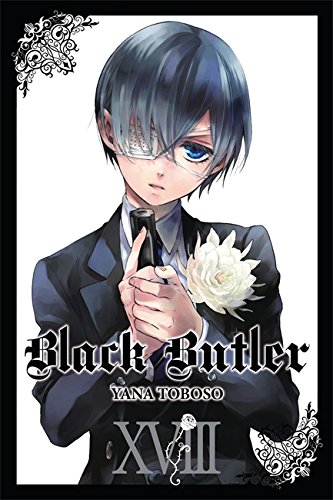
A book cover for Black Butler, Vol. 18; Comics & Graphic Novels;